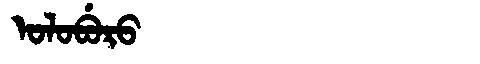
Manchu: ᠣᠯᠣᠪᡠᡵᠣ
Romanization: OLOBURO